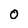
Character: 0